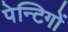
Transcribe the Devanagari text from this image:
पेन्टिगों